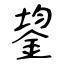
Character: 鋆